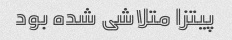
پیتزا متلاشی شده بود